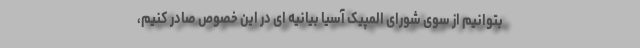
بتوانیم از سوی شورای المپیک آسیا بیانیه ای در این خصوص صادر کنیم،